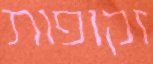
זקופות